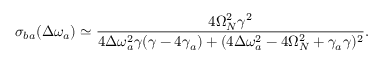
\sigma _ { b a } ( \Delta \omega _ { a } ) \simeq \frac { 4 \Omega _ { N } ^ { 2 } \gamma ^ { 2 } } { 4 \Delta \omega _ { a } ^ { 2 } \gamma ( \gamma - 4 \gamma _ { a } ) + ( 4 \Delta \omega _ { a } ^ { 2 } - 4 \Omega _ { N } ^ { 2 } + \gamma _ { a } \gamma ) ^ { 2 } } .